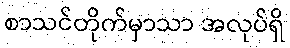
စာသင်တိုက်မှာသာ အလုပ်ရှိ